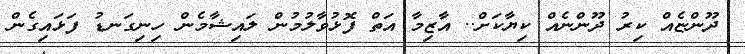
ދޫންޏެއް ކިރު ދޫންނެއް ކިޔާކަށް.. އާޒިމާ އަތް ފޮޅުވާލުމުން ލައިޝާމެން ހިނިގަނޑު ފަޅައިގެން